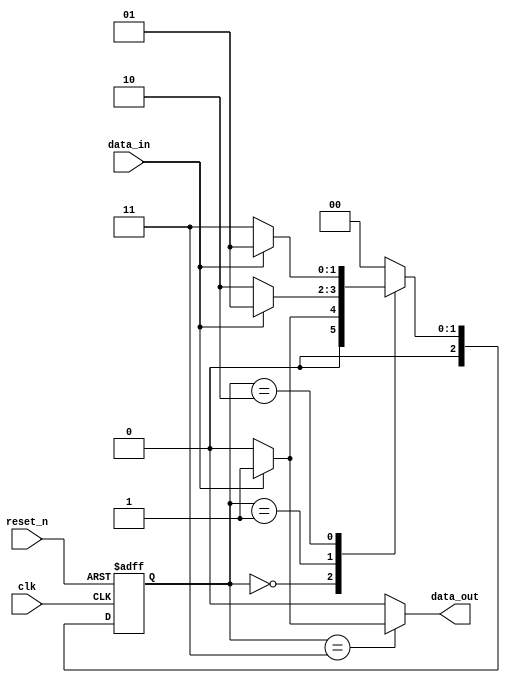
module mealy_1001 (
    input reset_n, input clk, input data_in, output reg data_out
);
    localparam S0 = 0, S1 = 1, S2 = 2, S3 = 3;
    reg [2:0] present_state, next_state;

    // present state register
    always@(negedge reset_n or posedge clk) begin: L_PRESENT_STATE_REGISTER
        if(~reset_n)
            present_state <= S0;
        else 
            present_state <= next_state;
    end

    // Next state logic 
    always@(data_in or present_state) begin: L_NEXT_STATE_LOGIC
        next_state = S0;
        case(present_state)
            S0: next_state = data_in?S1:S0;
            S1: next_state = data_in?S1:S2;
            S2: next_state = data_in?S1:S3;
            S3: next_state = S0;
            default: next_state = S0;
        endcase
    end

    // Output decoder 

    always@(data_in or present_state) begin
        data_out = 1'b0;
        case(present_state)
            S0: data_out = 1'b0;
            S1: data_out = 1'b0;
            S2: data_out = 1'b0;
            S3: data_out = data_in?1'b1:1'b0;
            default: data_out = 1'b0;
        endcase
    end

endmodule